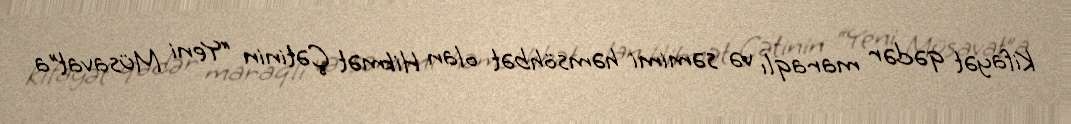
Kifayət qədər maraqlı və səmimi həmsöhbət olan Hikmət Çətinin “Yeni Müsavat”a